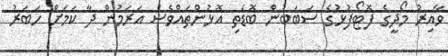
ވާއިރު މޯދީގެ ފޮޓޯފުޅުގެ ސަބަބުން ބޮޑެތި އޮޅުންތައްވެސް އަރަމުން ދާ ކަމަށް ހަބަރު